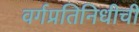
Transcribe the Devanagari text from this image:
वर्गप्रतिनिधीची